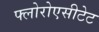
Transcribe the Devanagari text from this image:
फ्लोरोएसीटेट